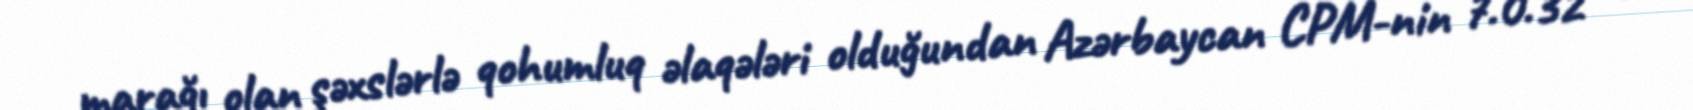
marağı olan şəxslərlə qohumluq əlaqələri olduğundan Azərbaycan CPM-nin 7.0.32 və